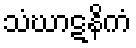
သံဃာဋနိကံ